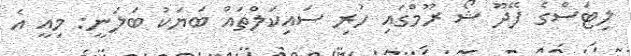
ލިޓަސްގެ ފޭދޫ ޝޯ ރޫމްގައި ހުރި ސައިކަލްތައް ބަޔަކު ބަލަނީ: މިއީ އެ